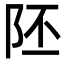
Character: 𨸹